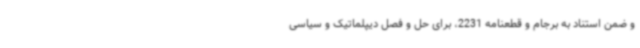
و ضمن استناد به برجام و قطعنامه 2231، برای حل ‌و فصل دیپلماتیک و سیاسی